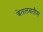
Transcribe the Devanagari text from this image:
बेतलबतीम